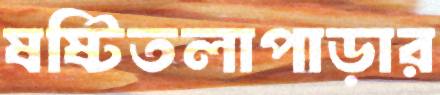
ষষ্টিতলাপাড়ার